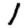
Digit: 1